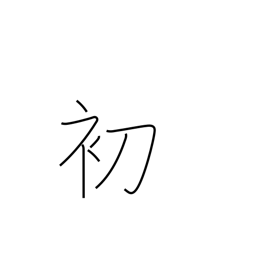
Meaning: beginning